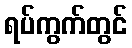
ရပ်ကွက်တွင်